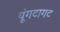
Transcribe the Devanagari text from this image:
यूंगटागट